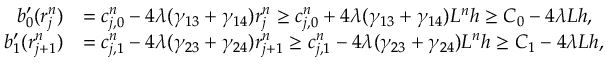
\begin{array} { r l } { b _ { 0 } ^ { \prime } ( r _ { j } ^ { n } ) } & { = c _ { j , 0 } ^ { n } - 4 \lambda ( \gamma _ { 1 3 } + \gamma _ { 1 4 } ) r _ { j } ^ { n } \geq c _ { j , 0 } ^ { n } + 4 \lambda ( \gamma _ { 1 3 } + \gamma _ { 1 4 } ) L ^ { n } h \geq C _ { 0 } - 4 \lambda L h , } \\ { b _ { 1 } ^ { \prime } ( r _ { j + 1 } ^ { n } ) } & { = c _ { j , 1 } ^ { n } - 4 \lambda ( \gamma _ { 2 3 } + \gamma _ { 2 4 } ) r _ { j + 1 } ^ { n } \geq c _ { j , 1 } ^ { n } - 4 \lambda ( \gamma _ { 2 3 } + \gamma _ { 2 4 } ) L ^ { n } h \geq C _ { 1 } - 4 \lambda L h , } \end{array}